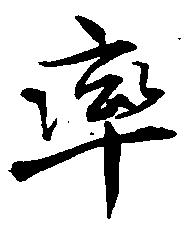
率